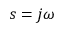
s = j \omega